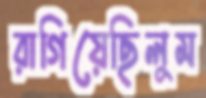
রাগিয়েছিলুম